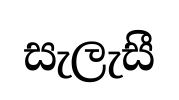
සැලැසී